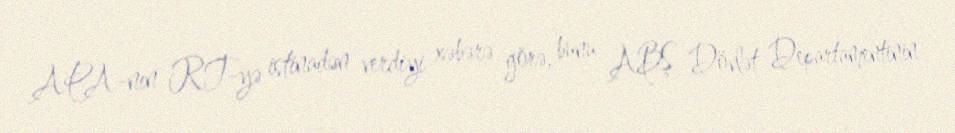
APA-nın RT-yə istinadən verdiyi xəbərə görə, bunu ABŞ Dövlət Departamentinin